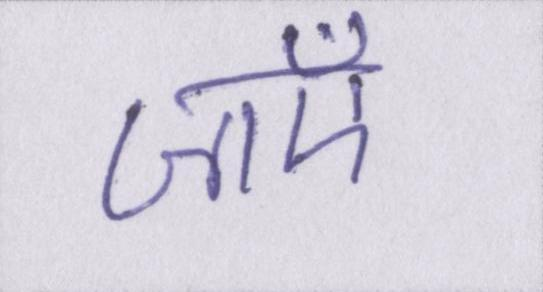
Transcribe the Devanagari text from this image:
जाएँ